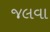
જલવા